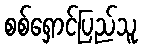
စစ်ရှောင်ပြည်သူ